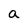
Character: a